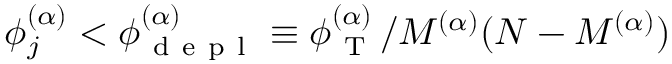
\phi _ { j } ^ { ( \alpha ) } < \phi _ { \mathrm { ~ d ~ e ~ p ~ l ~ } } ^ { ( \alpha ) } \equiv \phi _ { \mathrm { ~ T ~ } } ^ { ( \alpha ) } / M ^ { ( \alpha ) } ( N - M ^ { ( \alpha ) } )